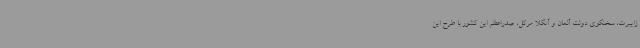
زایبرت، سخنگوی دولت آلمان و آنگلا مرکل، صدراعظم این کشور با طرح این